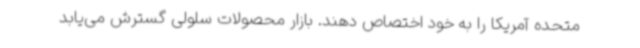
متحده آمریکا را به خود اختصاص دهند. بازار محصولات سلولی گسترش می‌یابد